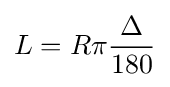
L=R\pi {\frac {\Delta }{180}}